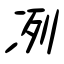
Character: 冽